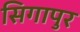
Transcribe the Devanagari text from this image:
सिगापुर